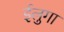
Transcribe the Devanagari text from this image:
ईलुगा